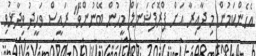
އެހެންކަމުން މި ދާއިރާ އަށް ޕްރޮފެޝަނަލް މީހުން ބޭނުންވޭ" ރައީސް ވަހީދު ވިދާޅުވި